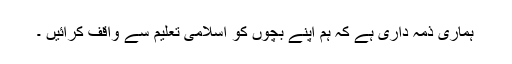
ہماری ذمہ داری ہے کہ ہم اپنے بچوں کو اسلامی تعلیم سے واقف کرائیں ۔